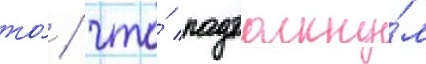
то́ / что́ подтолкну́л